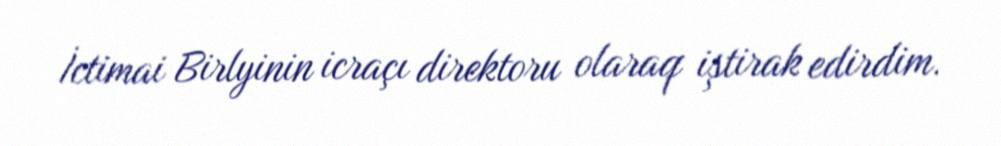
İctimai Birlyinin icraçı direktoru olaraq iştirak edirdim.